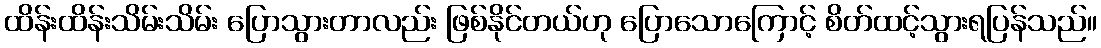
ထိန်းထိန်းသိမ်းသိမ်း ပြောသွားတာလည်း ဖြစ်နိုင်တယ်ဟု ပြောသောကြောင့် စိတ်ထင့်သွားရပြန်သည်။